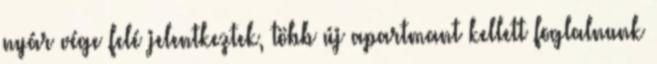
nyár vége felé jelentkeztek, több új apartmant kellett foglalnunk